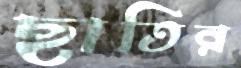
ছাতির